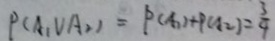
P ( A _ { 1 } V A _ { 2 } ) = P ( A _ { 1 } ) + P ( A _ { 2 } ) = \frac { 3 } { 4 }